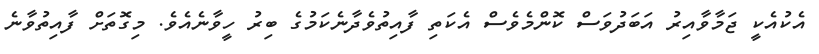
އެކުއެކީ ޖަމާވާއިރު އަބަދުވަސް ކޮންމެވެސް އެކަތި ފާއިތުވެދާނެކަމުގެ ބިރު ހީވާނެއެވެ. މިގޮތަށް ފާއިތުވާނެ